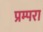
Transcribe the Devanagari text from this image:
प्रम्परा